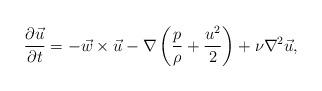
LaTeX: \begin{align*}{\partial \vec u \over{\partial t}} = - \vec w \times \vec u - \nabla \left({p\over \rho} + {u^2\over 2}\right) + \nu \nabla^2 \vec u, \end{align*}